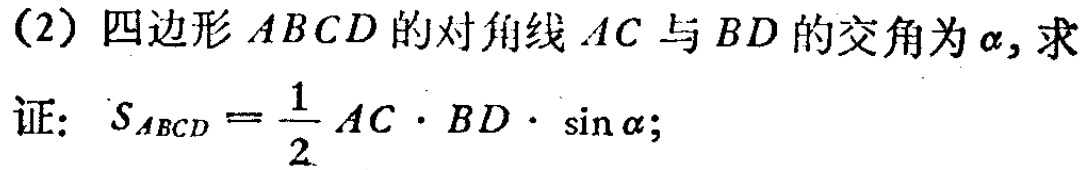
(2) 四边形 \(ABCD\) 的对角线 \(AC\) 与 \(BD\) 的交角为 \(\alpha\), 求
证: \(S_{ABCD}=\frac{1}{2}AC\cdot BD\cdot\sin\alpha\);